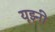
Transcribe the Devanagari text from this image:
यूझ्नी